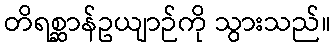
တိရစ္ဆာန်ဥယျာဉ်ကို သွားသည်။